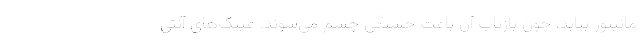
مانیتور بتابد، چون بازتاب آن باعث خستگی چشم می‌شوند. عینک‌های آنتی